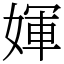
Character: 媈